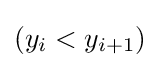
(y_{i}<y_{i+1})